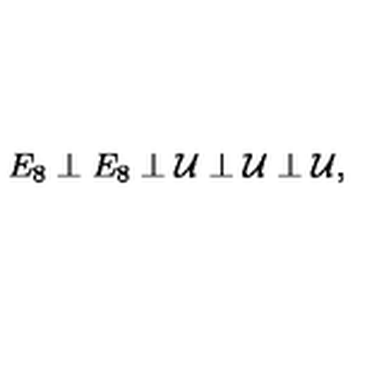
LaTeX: E _ { 8 } \perp E _ { 8 } \perp { \cal U } \perp { \cal U } \perp { \cal U } ,